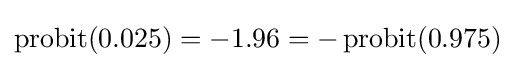
\operatorname {probit} (0.025)=-1.96=-\operatorname {probit} (0.975)